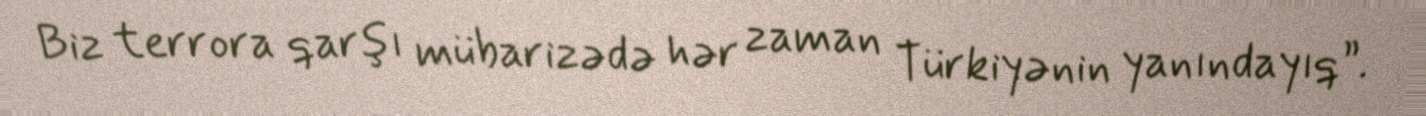
Biz terrora qarşı mübarizədə hər zaman Türkiyənin yanındayıq”.